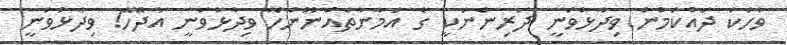
ވާހަކަ ދައްކަމުން ވިދާޅުވަނީ ދަރިންނަކީ ގެ އަމާނާތެއްނޫންހޭ ވިދާޅުވަނީ އާދޭހޭ! ވިދާޅުވަނީ